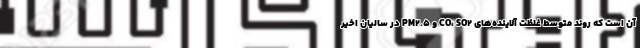
آن است که روند متوسط غلظت آلاینده‌های CO، SO۲ و PM۲.۵ در سالیان اخیر